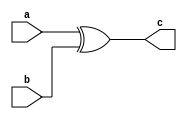
module xor2_1bit(a,b,c);
input a;
input b;
output c;

assign c = a^b;
endmodule